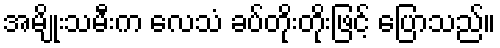
အမျိုးသမီးက လေသံ ခပ်တိုးတိုးဖြင့် ပြောသည်။